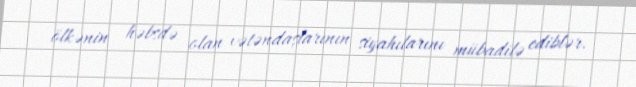
ölkənin həbsdə olan vətəndaşlarının siyahılarını mübadilə ediblər.